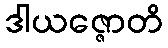
ဒါယဇ္ဇောတိ